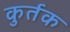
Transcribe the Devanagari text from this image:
कुर्तक